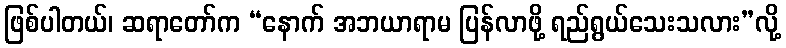
ဖြစ်ပါတယ်၊ ဆရာတော်က “နောက် အဘယာရာမ ပြန်လာဖို့ ရည်ရွယ်သေးသလား”လို့